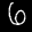
Label: 6